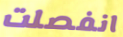
انفصلت